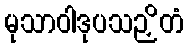
မုသာဝါဒုပသဉှိတံ